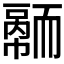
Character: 𦓠